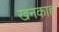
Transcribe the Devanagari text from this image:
खनकाह